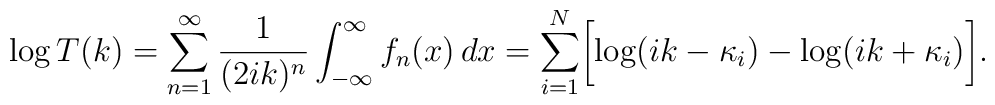
\log T(k)=	\sum_{n=1}^{\infty} {1\over{(2ik)^n}}\int_{-\infty}^{\infty} f_n(x)\,dx	=\sum_{i=1}^{N}\biggl{[}\log(ik-\kappa_i)-\log(ik+\kappa_i)\biggr{]}.